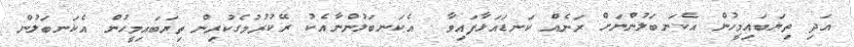
އަދި ތިޔަބައިމީހުން އެކަނބަލުންނަށް ރަނެއް ކަނޑައަޅާފައިވާ  އެކަނބަލުންނާއެކު ރޭކުރުމުގެކުރިން ތިޔަބައިމީހުން އެކަނބަލުން